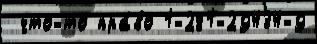
 что-то пра́во 1-281-29434-9